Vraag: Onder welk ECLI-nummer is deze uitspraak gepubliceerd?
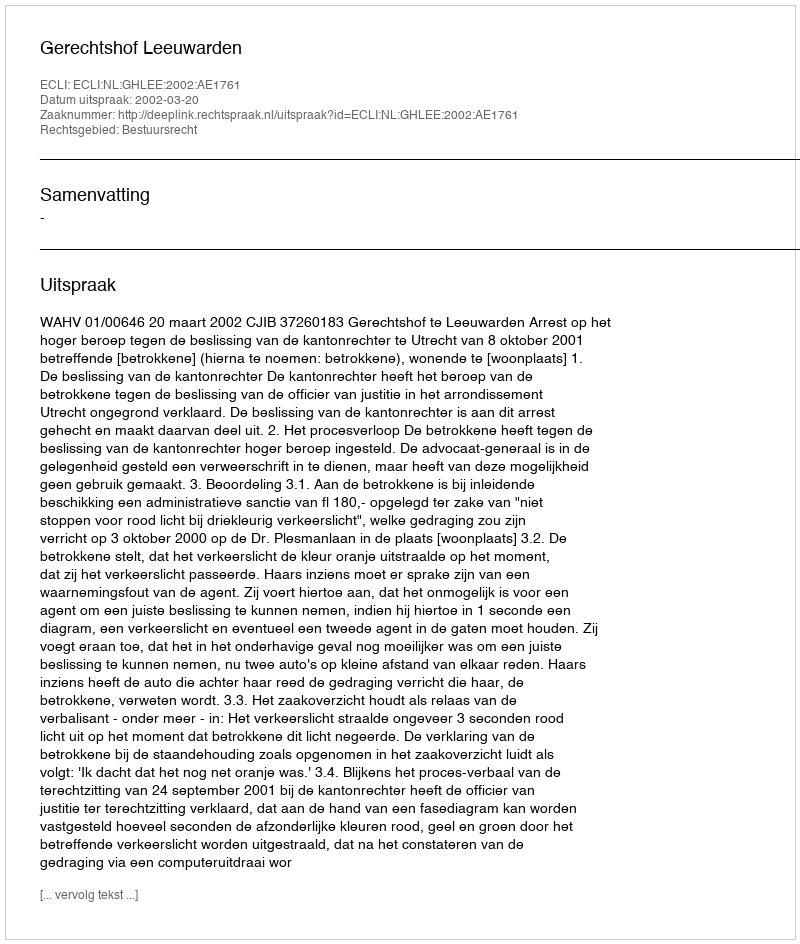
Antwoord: ECLI:NL:GHLEE:2002:AE1761